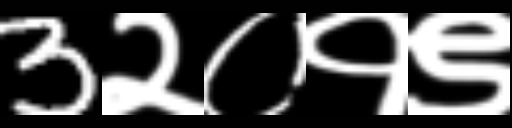
Text: 3२०१९